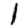
Digit: 1